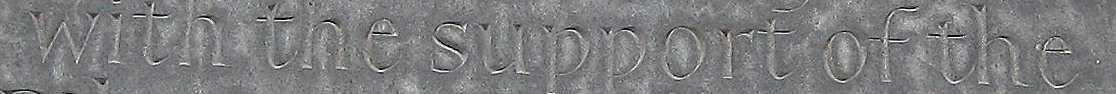
With the support of the